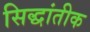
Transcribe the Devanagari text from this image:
सिद्धांतीक